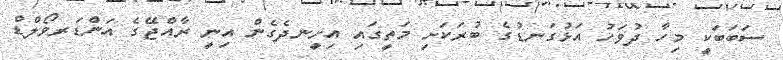
ސަބަބަކީ މިހާ ދުވަހު އަޅުގަނޑުގެ ބުރަކަށި މަތީގައި އިށީނދެގެން އިނީ ރާއްޖޭގެ އަންޑަރވޯލްޑް